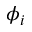
\phi _ { i }